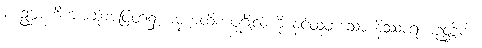
၂။ ဥဗ္ဘာဟိကအဆုံးအဖြတ်၌ ဓမ္မကထိကပုဂ္ဂိုလ်ကို နှင်ထုတ်သော နိဿာရဏဉတ္တိကံ၊